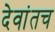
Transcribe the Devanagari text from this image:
देवांतच